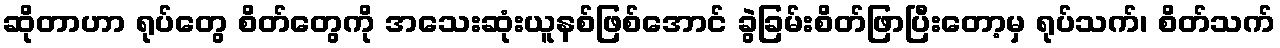
ဆိုတာဟာ ရုပ်တွေ စိတ်တွေကို အသေးဆုံးယူနစ်ဖြစ်အောင် ခွဲခြမ်းစိတ်ဖြာပြီးတော့မှ ရုပ်သက်၊ စိတ်သက်